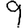
Digit: 9